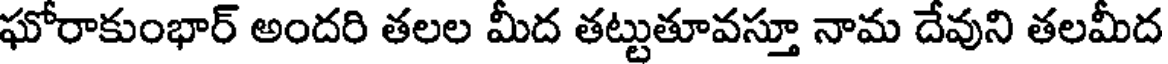
ఘోరాకుంభార్ అందరి తలల మీద తట్టుతూవస్తూ నామ దేవుని తలమీద